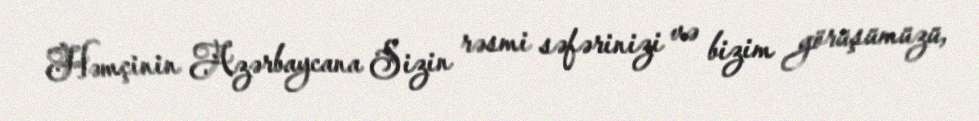
Həmçinin Azərbaycana Sizin rəsmi səfərinizi və bizim görüşümüzü,